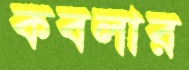
কবলার